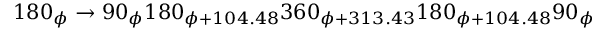
1 8 0 _ { \phi } \rightarrow 9 0 _ { \phi } 1 8 0 _ { \phi + 1 0 4 . 4 8 } 3 6 0 _ { \phi + 3 1 3 . 4 3 } 1 8 0 _ { \phi + 1 0 4 . 4 8 } 9 0 _ { \phi }